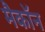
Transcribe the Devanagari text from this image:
मैकॉन